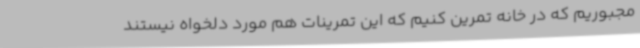
مجبوریم که در خانه تمرین کنیم که این تمرینات هم مورد دلخواه نیستند